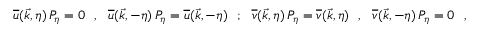
\overline { { { u } } } ( \vec { k } , \eta ) \, P _ { \eta } = 0 \ \ , \ \ \overline { { { u } } } ( \vec { k } , - \eta ) \, P _ { \eta } = \overline { { { u } } } ( \vec { k } , - \eta ) \ \ ; \ \ \overline { { { v } } } ( \vec { k } , \eta ) \, P _ { \eta } = \overline { { { v } } } ( \vec { k } , \eta ) \ \ , \ \ \overline { { { v } } } ( \vec { k } , - \eta ) \, P _ { \eta } = 0 \ \ ,